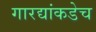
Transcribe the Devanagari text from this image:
गारद्यांकडेच